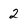
Character: 2